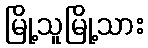
မြို့သူမြို့သား